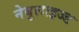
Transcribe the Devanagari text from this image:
नेबुलाइज्ड